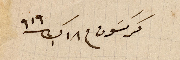
كركسَون في ١٨ ك١ / ١٩١٩